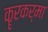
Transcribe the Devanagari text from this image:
कॄरकर्मा